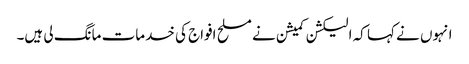
انہوں نے کہا کہ الیکشن کمیشن نے مسلح افواج کی خدمات مانگ لی ہیں۔